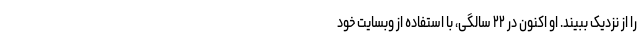
را از نزدیک ببیند. او اکنون در ۲۲ سالگی، با استفاده از وبسایت خود